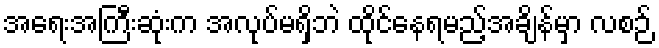
အရေးအကြီးဆုံးက အလုပ်မရှိဘဲ ထိုင်နေရမည့်အချိန်မှာ လစဉ်